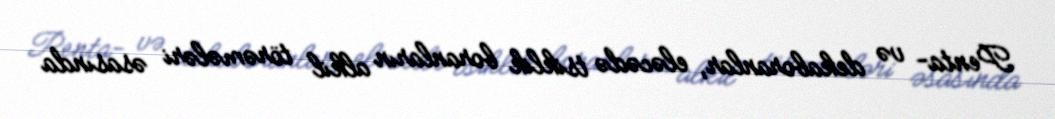
Penta- və dekaboranlar, eləcədə tsiklik boranların alkil törəmələri əsasında